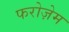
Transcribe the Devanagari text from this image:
फरोज़ेम